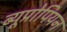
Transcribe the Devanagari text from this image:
ब्यूप्रोपियन